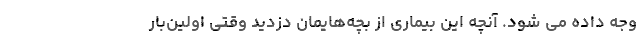
وجه داده می شود. آنچه این بیماری از بچه‌هایمان دزدید وقتی اولین‌بار